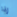
إذا